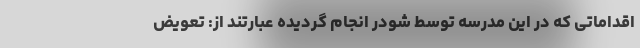
اقداماتی که در این مدرسه توسط شودر انجام گردیده عبارتند از: تعویض